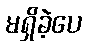
မရှိခဲ့ပေ